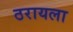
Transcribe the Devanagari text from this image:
ठरायला